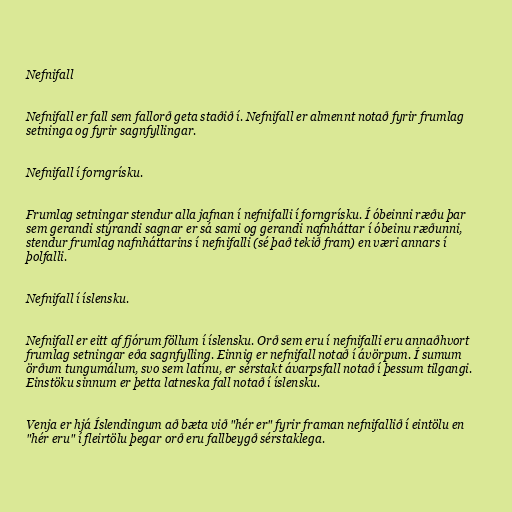
Nefnifall

Nefnifall er fall sem fallorð geta staðið í. Nefnifall er almennt notað fyrir frumlag
setninga og fyrir sagnfyllingar.

Nefnifall í forngrísku.

Frumlag setningar stendur alla jafnan í nefnifalli í forngrísku. Í óbeinni ræðu þar
sem gerandi stýrandi sagnar er sá sami og gerandi nafnháttar í óbeinu ræðunni,
stendur frumlag nafnháttarins í nefnifalli (sé það tekið fram) en væri annars í
þolfalli.

Nefnifall í íslensku.

Nefnifall er eitt af fjórum föllum í íslensku. Orð sem eru í nefnifalli eru annaðhvort
frumlag setningar eða sagnfylling. Einnig er nefnifall notað í ávörpum. Í sumum
örðum tungumálum, svo sem latínu, er sérstakt ávarpsfall notað í þessum tilgangi.
Einstöku sinnum er þetta latneska fall notað í íslensku.

Venja er hjá Íslendingum að bæta við "hér er" fyrir framan nefnifallið í eintölu en
"hér eru" í fleirtölu þegar orð eru fallbeygð sérstaklega.